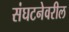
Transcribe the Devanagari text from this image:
संघटनेवरील